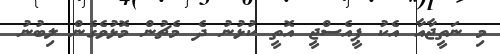
މި ނަތީޖާއާ އެކު ޕީއެސްޖީ އޮތީ ކުޅުނު ދެ މެޗުން މޮޅުވެގެން ލިބުނު